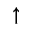
\uparrow